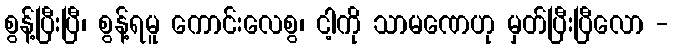
စွန့်ပြီးပြီ၊ စွန့်ရမူ ကောင်းလေစွ၊ ငါ့ကို သာမဏေဟု မှတ်ပြီးပြီလော -